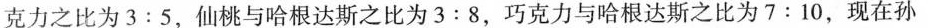
克力之比为$$3 : 5$$，仙桃与哈根达斯之比为$$3 : 8$$，巧克力与哈根达斯之比为$$7 : 10$$，现在孙